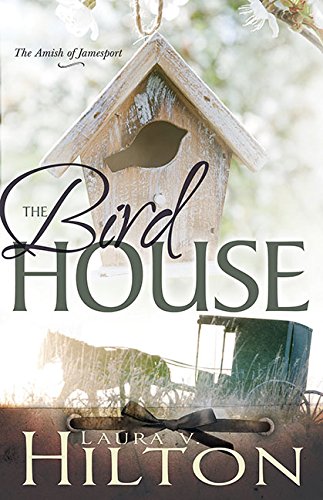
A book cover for Birdhouse (Amish of Jamesport V3); Laura Hilton; Romance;